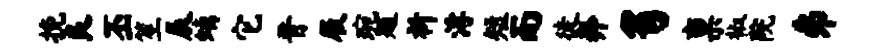
挽良丕笙辰螭它晋屐琬题祈浮短而徒奔豸禀椒院井